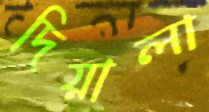
দিয়ালা